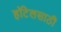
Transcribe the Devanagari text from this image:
हॉटेलसाठी